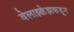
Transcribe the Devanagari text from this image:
वेलाझ्क्वेझकडून